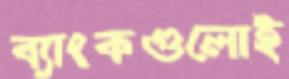
ব্যাংকগুলোই